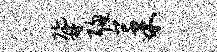
鼐聪果